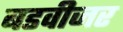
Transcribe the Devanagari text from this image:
बडवीजर